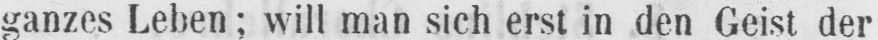
ganzes Leben; will man sich erst in den Geist der